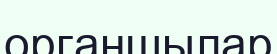
органшылар